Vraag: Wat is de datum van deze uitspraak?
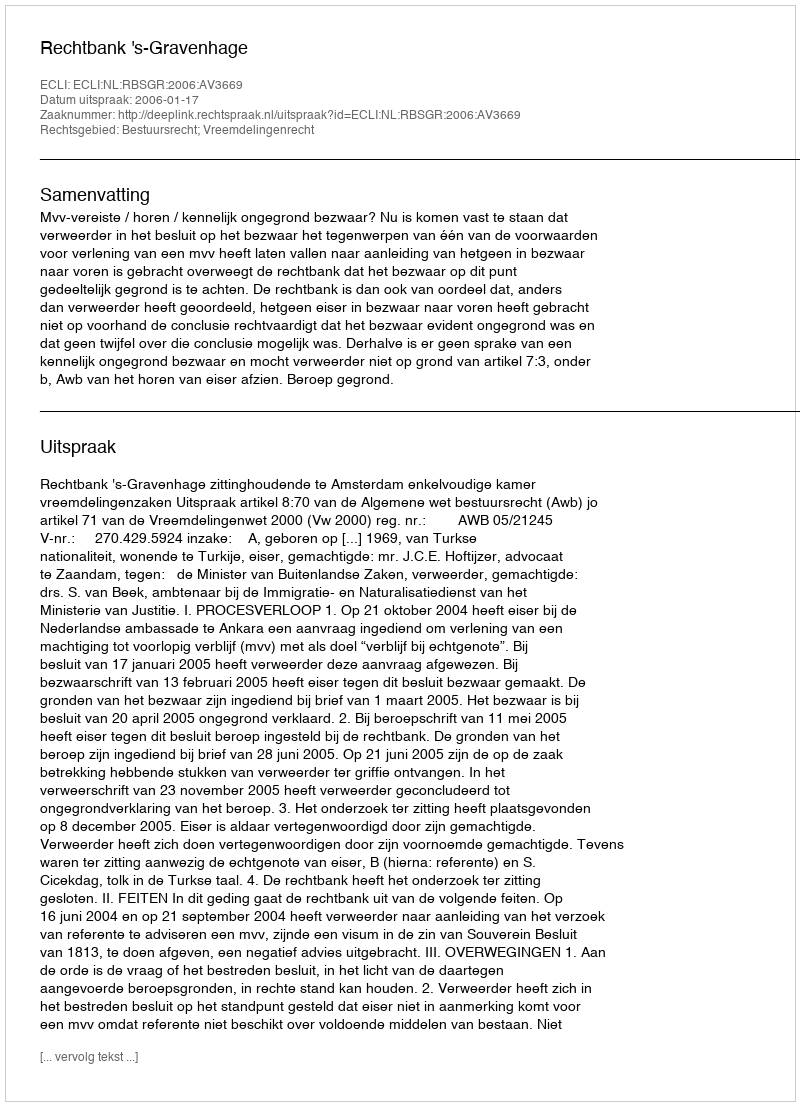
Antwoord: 2006-01-17